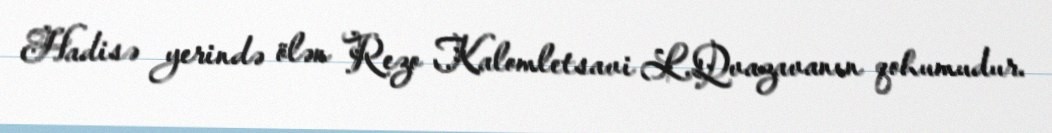
Hadisə yerində ölən Rezo Kalomletsavi L.Qvazavanın qohumudur.